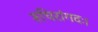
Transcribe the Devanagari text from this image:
रुचिरांगदः।